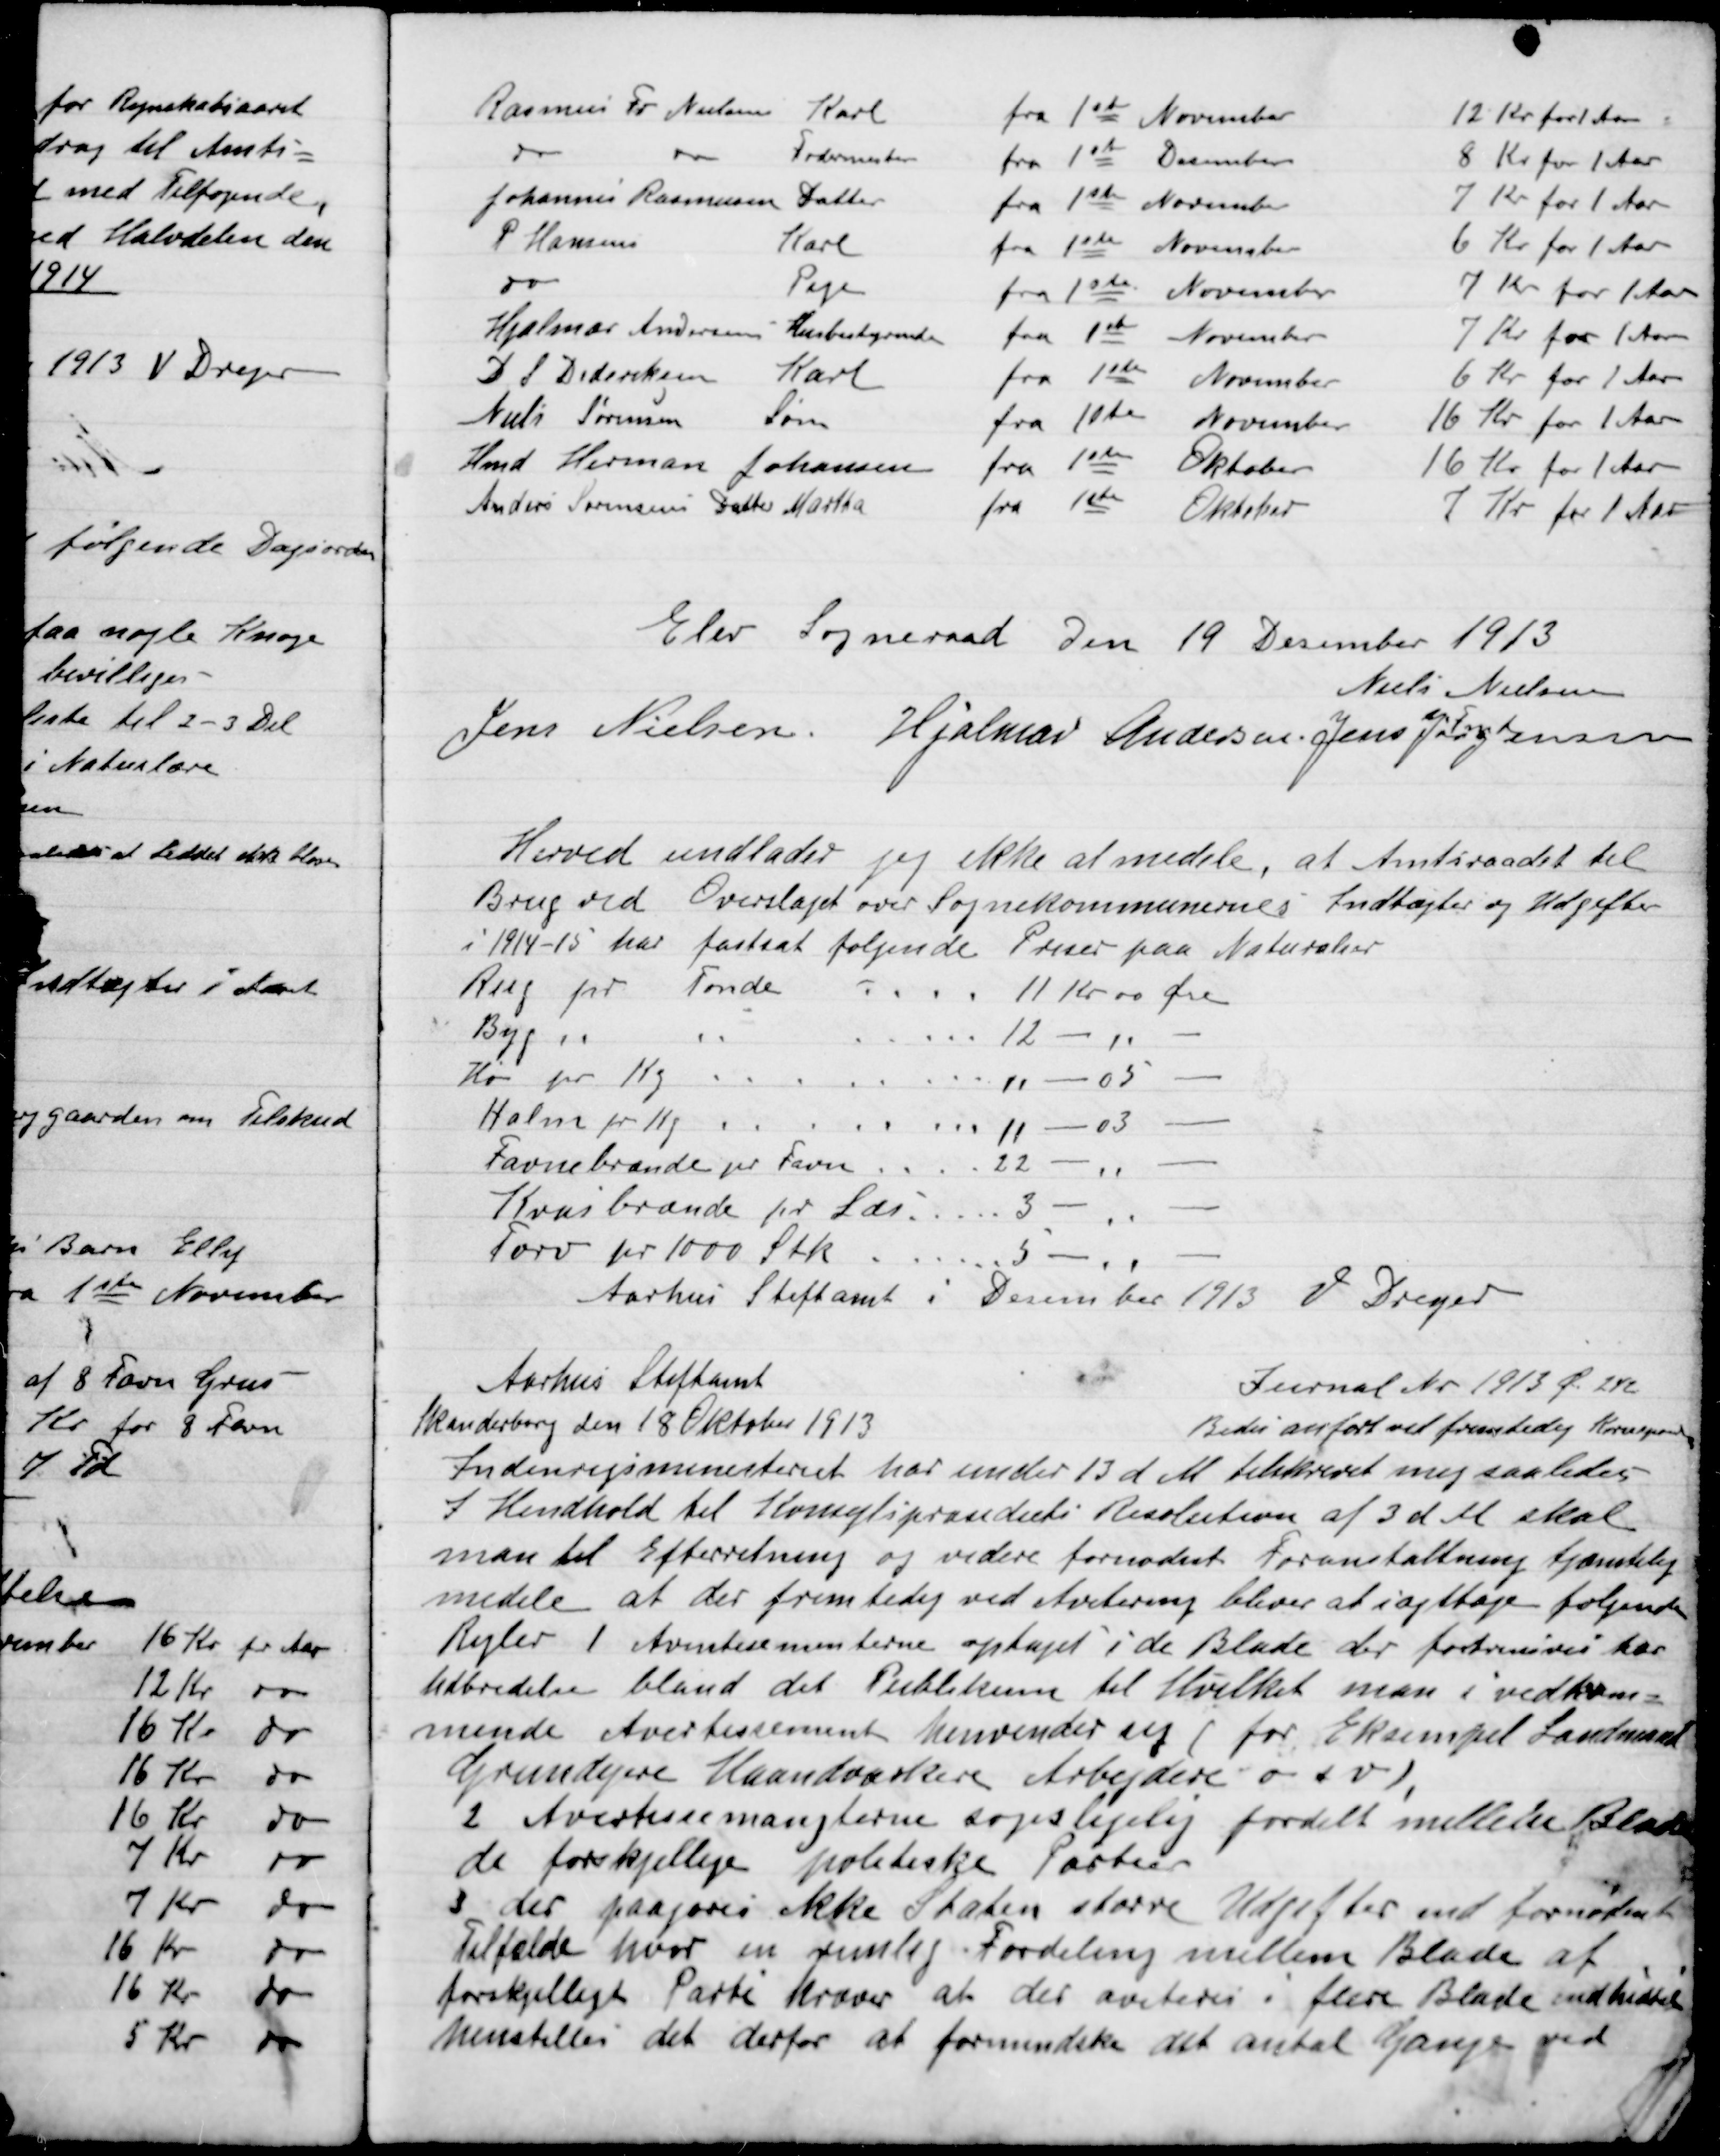
Transskription:
Elev Sogneraad Den 19 December 1913

Niels Nielsen
Fm
Jens Nielsen
Hjalmar Andersen
Jens Jørgensen

Herved undlader jeg ikke at meddele, at Amtsraadet til
Brug ved  Overslaget over Sognekommunens Indtægter og Udgifter
I 1914-15 har fastsat følgende Priser paa Naturalier
Rug pr
Tønde
11 Kr 00 Øre
Byg ,,
,,
12 - ,, -
Hø pr Kg.
11 - 05 -
Halm pr Kg.
11 - 03 -
Favnebrænde pr Favn
22 - ,, -
Kvasbrænde pr Læs
3 - ,, -
Tørv pr 1000 Stk
5 - ,, -
Aarhus Stiftamt i December 1913 J Dreyer

Aarhus Stiftsamt
Skanderborg Den 18 Oktober 1913
Journal Nr. 1913 Ø 242
Bedes anført ved fremtidig Kvitering
Indenrigsministeriet har under 13 d M. tilskrevet mig saaledes
I Henhold til Kongligrandiets Resolution af 3 d M. skal
man til Efterretning og videre fornødent Foranstaltning tjenstlig
medele at der fremtidig ved Avertering bliver at iagttage følgende
Regler 1 Avetesementerne optaget i de Blade der fortrinsvis har
Helbredelse bland det Publikum til Hvilket man i vedkom-
mende Avetesement henvender sig (for Eksempel Landmand
Grundejere Haandværker Arbejdere o.s.v.),
2 Avertissementerne søges ligelig fordelt mellem Bladene
de forskellige politiske Partier
3 der paaføres ikke Staten større Udgifter end formodet
Tilfælde hvor en fremlig Fordeling mellem Blade af
forskjelligt Parti kræver at der averteres i flere Blade end hidtil
henstilles det der at formentlig det antal Gange ved